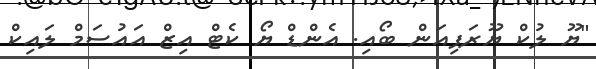
"ޔޫ ލުކް ޔޫރަޕިއަން ބޯއި. އެންޑް ޔޯ ކެޓް އިޒް އައުސަމް ލައިކް